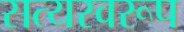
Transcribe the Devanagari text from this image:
सत्‍यस्‍वरूप